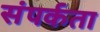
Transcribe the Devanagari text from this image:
संपर्कता